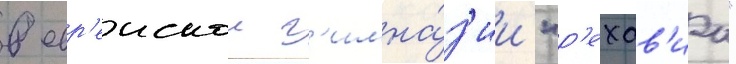
в евр'еискои г'имна́з'ии "р'ехав'иа"